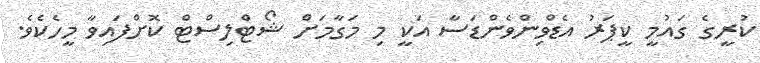
ކުރީގެ ގައުމީ ކީޕަރު އެޑްވިންވެންޑަސާ އަކީ މި މަގާމަށް ޝޯޓްލިސްޓް ކޮށްފައިވާ މީހެކެވެ.